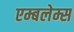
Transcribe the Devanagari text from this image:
एम्बलेम्स